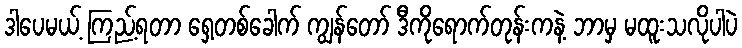
ဒါပေမယ့် ကြည့်ရတာ ရှေ့တစ်ခေါက် ကျွန်တော် ဒီကိုရောက်တုန်းကနဲ့ ဘာမှ မထူးသလိုပါပဲ